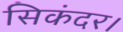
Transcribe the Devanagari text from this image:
सिकंदर।